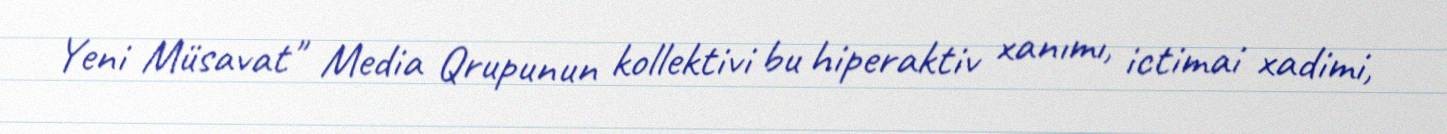
Yeni Müsavat" Media Qrupunun kollektivi bu hiperaktiv xanımı, ictimai xadimi,